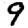
Digit: 9